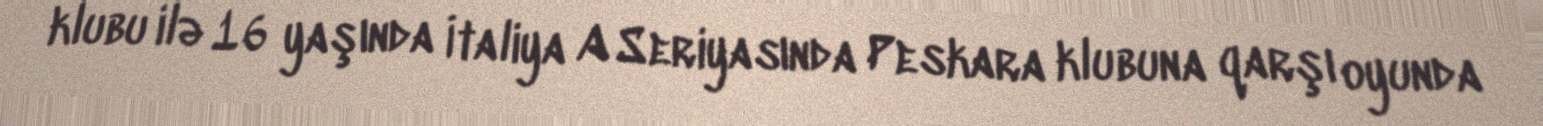
klubu ilə 16 yaşında İtaliya A Seriyasında Peskara klubuna qarşı oyunda